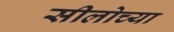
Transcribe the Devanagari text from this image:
सीलोच्या